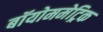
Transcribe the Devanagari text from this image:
बॉयोममेट्रिक